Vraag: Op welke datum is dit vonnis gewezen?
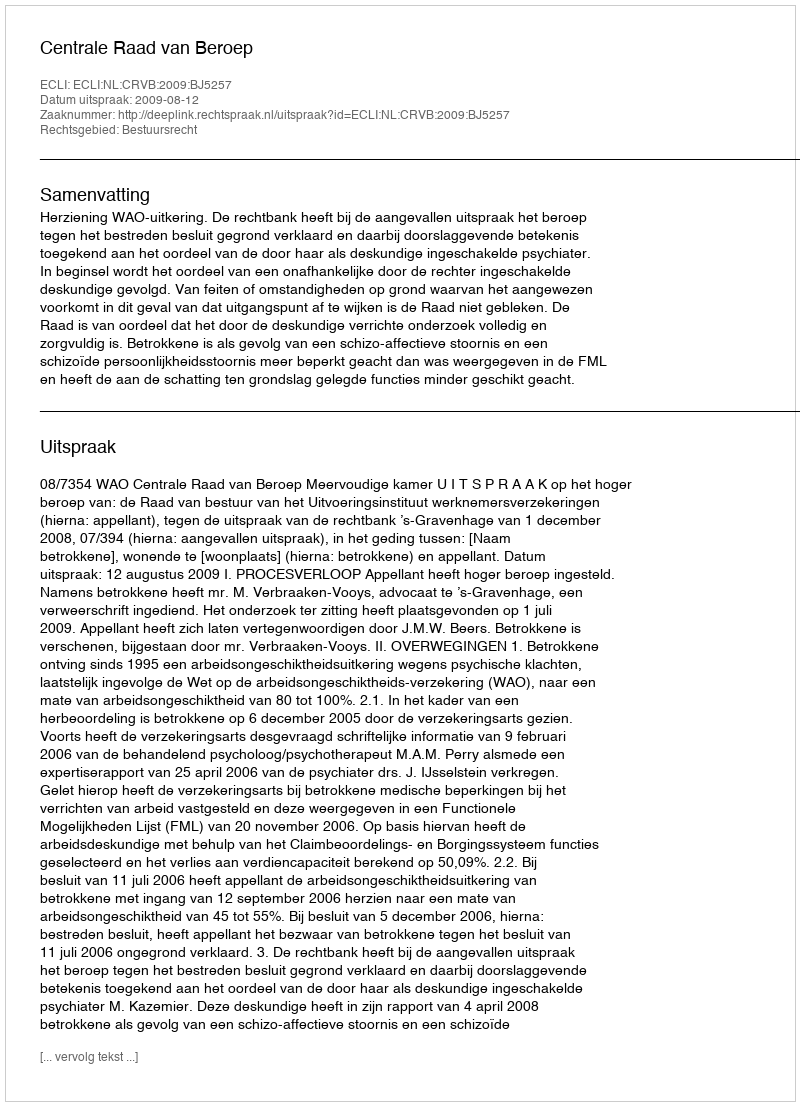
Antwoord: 2009-08-12